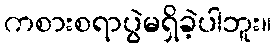
ကစားစရာပွဲမရှိခဲ့ပါဘူး။